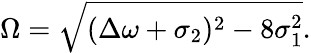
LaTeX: \Omega=\sqrt{(\Delta\omega+\sigma_{2})^{2}-8\sigma_{1}^{2}}.